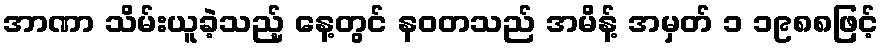
အာဏာ သိမ်းယူခဲ့သည့် နေ့တွင် နဝတသည် အမိန့် အမှတ် ၁ ၁၉၈၈ဖြင့်